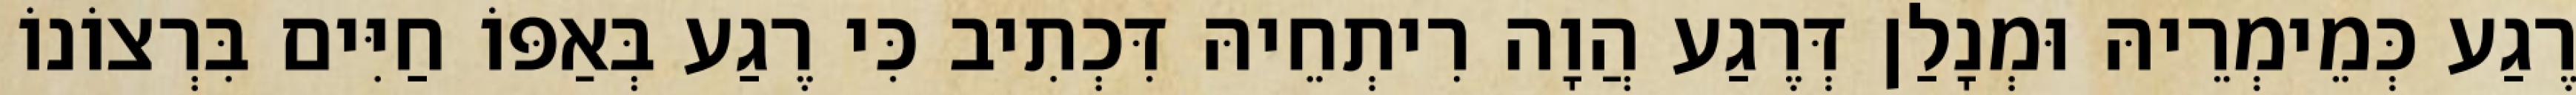
רֶגַע כְּמֵימְרֵיהּ וּמְנָלַן דְּרֶגַע הֲוָה רִיתְחֵיהּ דִּכְתִיב כִּי רֶגַע בְּאַפּוֹ חַיִּים בִּרְצוֹנוֹ